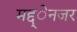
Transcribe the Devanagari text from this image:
मद्द्ेनजर